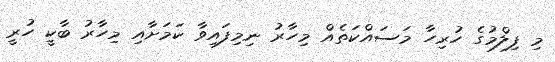
މި ފިލްމުގެ ހުރިހާ މަސައްކަތެއް މިހާރު ނިމިފައިވާ ކަމަށާއި މިހާރު ބާކީ ހުރީ